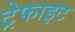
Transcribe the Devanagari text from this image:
ट्रेफाइट